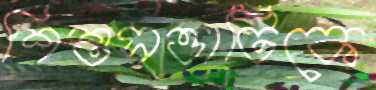
শিশুসত্তাটিকে